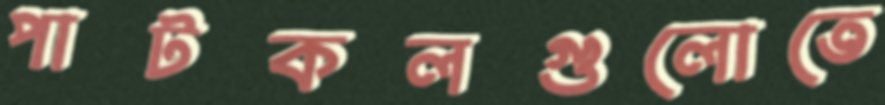
পাটকলগুলোতে